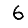
Digit: 6